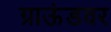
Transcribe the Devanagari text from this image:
ग्राऊंडवर